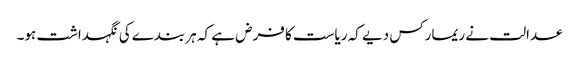
عدالت نے ریمارکس دیے کہ ریاست کا فرض ہے کہ ہر بندے کی نگہداشت ہو۔